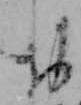
お